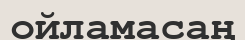
ойламасаң